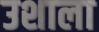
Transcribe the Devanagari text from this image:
उशाला